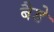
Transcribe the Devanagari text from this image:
बैडे